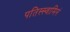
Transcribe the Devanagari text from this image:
पतिस्स्वामिनं